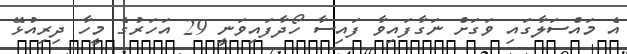
އެ މައްސަލާގައި ވަގަށް ނަގާފައިވާ ފައިސާ ހޯދާފައިވަނީ 29 އަހަރުގެ މީހާ ދިރިއުޅޭ